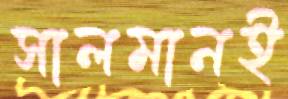
সালমানই